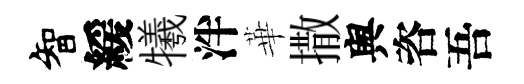
智緩犧泮華撒舆咨吾